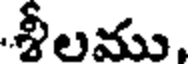
శీలము.